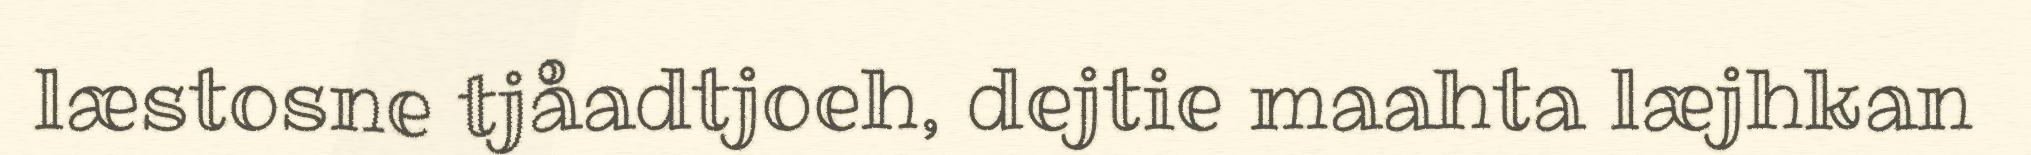
læstosne tjåadtjoeh, dejtie maahta læjhkan